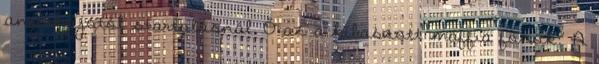
anyahajótól startolásnál. Ő az a kibaszott maffia főnök? A